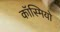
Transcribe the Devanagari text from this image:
कॉस्मियो